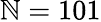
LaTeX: \mathbb{N}=101